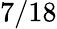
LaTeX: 7/18